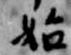
始